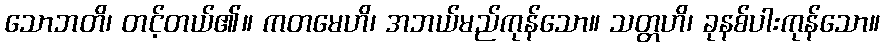
သောဘတိ၊ တင့်တယ်၏။ ကတမေဟိ၊ အဘယ်မည်ကုန်သော။ သတ္တဟိ၊ ခုနစ်ပါးကုန်သော။